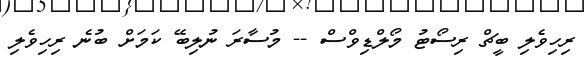
ރިހިވެލި ބީޗް ރިސޯޓު މޯލްޑިވްސް -- މުސާރަ ނުލިބޭ ކަމަށް ބުނެ ރިހިވެލި